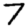
Digit: 7